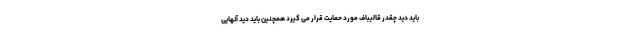
باید دید چقدر قالیباف مورد حمایت قرار می گیرد همچنین باید دید آنهایی